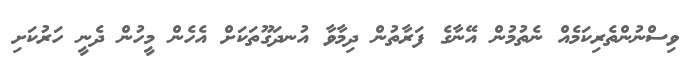
ވިސްނުންތެރިކަމެއް ނެތުމުން އޭނާގެ ފަރާތުން ދިމާވާ އުނދަގޫތަކަށް އެހެން މީހުން ދެނީ ހަރުކަށި